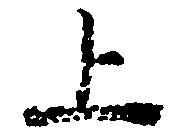
上